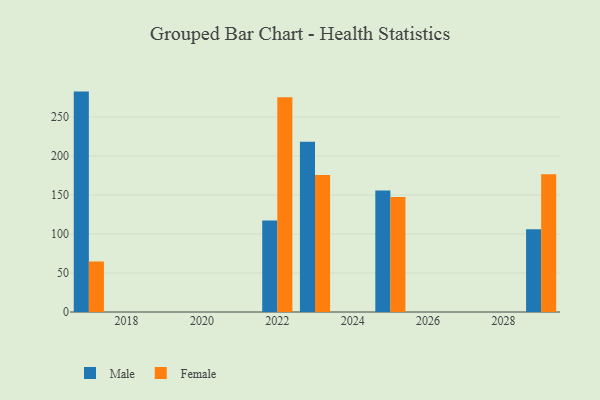
{"axis": {"x": "Year", "y": "Active Users"}, "legend": ["Female", "Male"], "data": [{"x": "2025", "y": 155.9, "type": "Male"}, {"x": "2025", "y": 147.4, "type": "Female"}, {"x": "2022", "y": 117.5, "type": "Male"}, {"x": "2022", "y": 275.5, "type": "Female"}, {"x": "2023", "y": 218.4, "type": "Male"}, {"x": "2023", "y": 175.7, "type": "Female"}, {"x": "2029", "y": 106.3, "type": "Male"}, {"x": "2029", "y": 176.8, "type": "Female"}, {"x": "2017", "y": 282.7, "type": "Male"}, {"x": "2017", "y": 64.8, "type": "Female"}]}